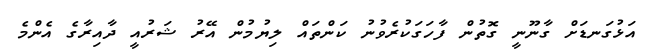
އަޅުގަނޑަށް ގާނޫނީ ގޮތުން ފާހަގަކުރެވުނު ކަންތައް ލިޔުމުން އޭރު ޝަރުއީ ދާއިރާގެ އެންމެ